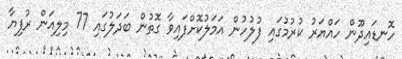
ހޮނޑައިދޫން ހައްޔަރު ކުރުމުގައި ފުލުހުން އަމަލުކޮށްފައިވާ ގޮތުން ބަދަލުގައި 77 މިލިއަން ރުފިޔާ